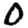
Digit: 0